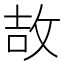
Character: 𫾪